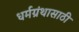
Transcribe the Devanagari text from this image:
धर्मग्रंथासाठी